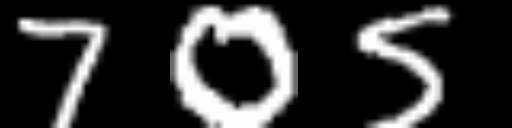
Text: 705